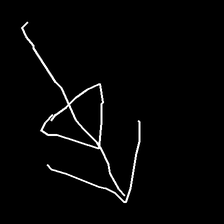
Glyph: pull